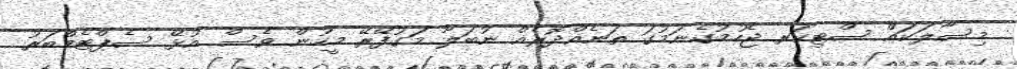
މިސާލަކައް ސްޓިކަރ ޖެހުމުގެނަމުގަ ތަނެއްދޮރެއް ނުބަލާ މަގުފޭރޭ މީހުން ވެސް އުޅޭ ސެޕްޓެމްބަރު